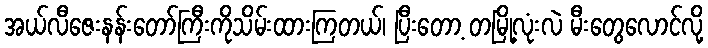
အယ်လီဇေးနန်းတော်ကြီးကိုသိမ်းထားကြတယ်၊ ပြီးတော့ တမြို့လုံးလဲ မီးတွေလောင်လို့